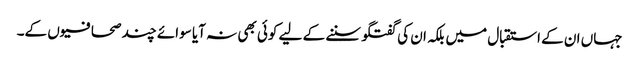
جہاں ان کے استقبال میں بلکہ ان کی گفتگو سننے کے لیے کوئی بھی نہ آیا سوائے چند صحافیوں کے۔